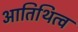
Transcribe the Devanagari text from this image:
आतिथित्व